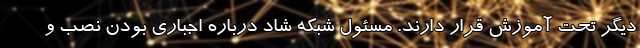
دیگر تحت آموزش قرار دارند. مسئول شبکه شاد درباره اجباری بودن نصب و